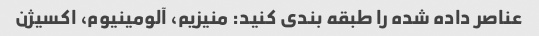
عناصر داده شده را طبقه بندی کنید: منیزیم، آلومینیوم، اکسیژن